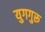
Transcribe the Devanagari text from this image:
युगगुरू